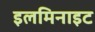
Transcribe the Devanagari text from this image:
इलमिनाइट